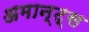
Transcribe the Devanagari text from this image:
अमान्ट्स